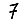
Digit: 7